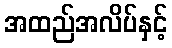
အထည်အလိပ်နှင့်